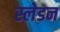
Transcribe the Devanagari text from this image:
स्लेडन